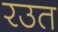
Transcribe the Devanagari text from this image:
रउत